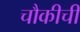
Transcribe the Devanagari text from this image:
चौकीची